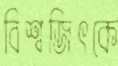
বিশ্বজিৎকে